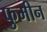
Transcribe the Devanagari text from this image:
फुमीन